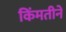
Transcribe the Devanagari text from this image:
किंमतीने